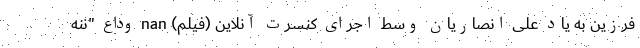
فرزین به یاد علی انصاریان وسط اجرای کنسرت آنلاین (فیلم) nan وداع "ننه